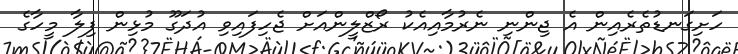
ހަށިގަނޑުތެރެއިން އެ ޖިންނި ނެރުމާއިއެކު ރޯޒްލީންއަށް ޖެހިފައިވި އުދަގޫ މުޅިން ފިލާ މީހާގެ